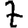
Digit: 7